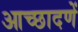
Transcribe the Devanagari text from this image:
आच्छादणें